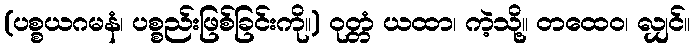
(ပစ္စယဂမနံ၊ ပစ္စည်းဖြစ်ခြင်းကို။) ဝုတ္တံ ယထာ၊ ကဲ့သို့။ တထေဝ၊ လျှင်။